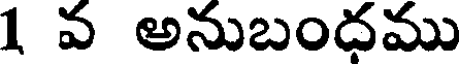
1 వ అనుబంధము